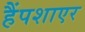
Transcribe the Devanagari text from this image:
हैंपशाएर